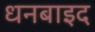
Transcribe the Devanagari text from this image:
धनबाइद